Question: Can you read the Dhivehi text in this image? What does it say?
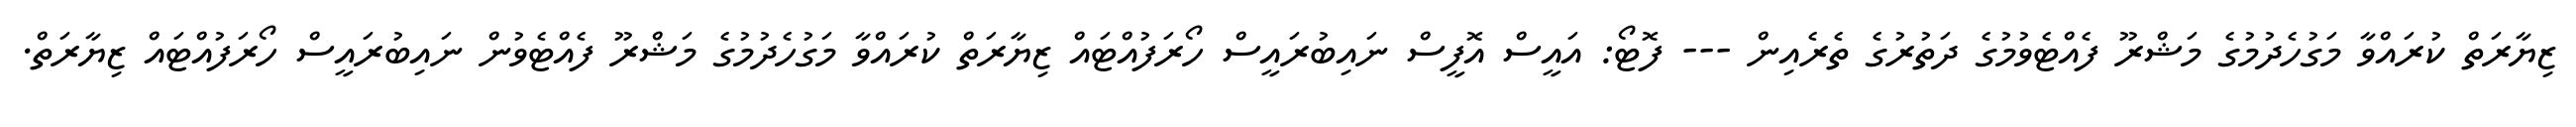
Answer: ޒިޔާރަތް ކުރައްވާ މަގުހެދުމުގެ މަޝްރޫ ފެއްޓެވުމުގެ ދަތުރުގެ ތެރެއިން --- ފޮޓޯ: އައީސް އޮފީސް ނައިބުރައީސް ހޯރަފުއްޓައް ޒިޔާރަތް ކުރައްވާ މަގުހެދުމުގެ މަޝްރޫ ފެއްޓެވުން ނައިބުރައީސް ހޯރަފުއްޓައް ޒިޔާރަތް.